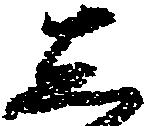
し